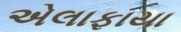
એલાફાયા